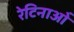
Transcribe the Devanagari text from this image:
रेटिनाओं